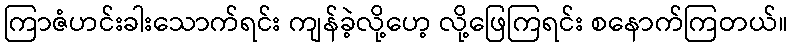
ကြာဇံဟင်းခါးသောက်ရင်း ကျန်ခဲ့လို့ဟေ့ လို့ဖြေကြရင်း စနောက်ကြတယ်။